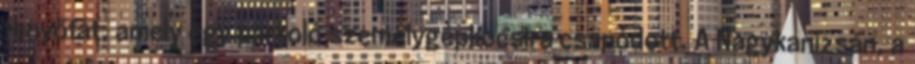
fenyőfát, amely egy parkoló személygépkocsira csapódott. A Nagykanizsán, a